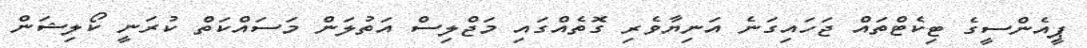
ޕީއެންސީގެ ޓިކެޓްތައް ޖަހައިގަނެ އަނިޔާވެރި ގޮތެއްގައި މަޖްލިސް އަތުލަން މަސައްކަތް ކުރަނީ ކޯލިޝަން